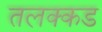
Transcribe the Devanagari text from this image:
तलक्कड